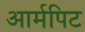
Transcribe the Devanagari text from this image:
आर्मपिट